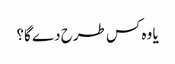
یا وہ کس طرح دے گا؟